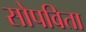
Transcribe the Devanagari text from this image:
सोपविता